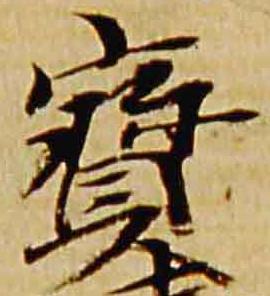
宝